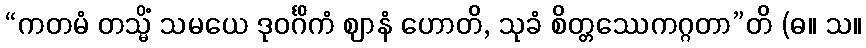
“ကတမံ တသ္မိံ သမယေ ဒုဝင်္ဂိကံ ဈာနံ ဟောတိ, သုခံ စိတ္တဿေကဂ္ဂတာ”တိ (ဓ။ သ။